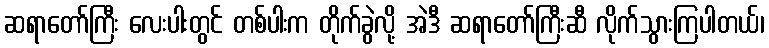
ဆရာတော်ကြီး လေးပါးတွင် တစ်ပါးက တိုက်ခွဲလို့ အဲဒီ ဆရာတော်ကြီးဆီ လိုက်သွားကြပါတယ်၊